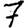
Digit: 7